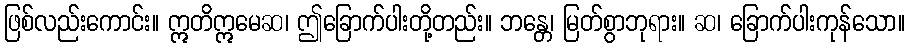
ဖြစ်လည်းကောင်း။ ဣတိဣမေဆ၊ ဤခြောက်ပါးတို့တည်း။ ဘန္တေ၊ မြတ်စွာဘုရား။ ဆ၊ ခြောက်ပါးကုန်သော။